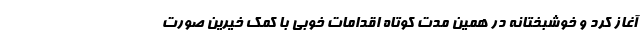
آغاز کرد و خوشبختانه در همین مدت کوتاه اقدامات خوبی با کمک خیرین صورت